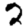
Digit: 2